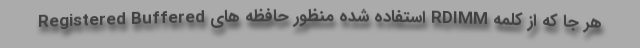
هر جا که از کلمه RDIMM استفاده شده منظور حافظه های Registered Buffered